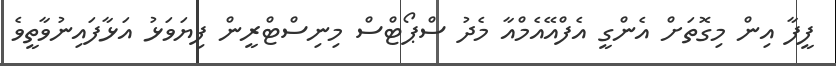
ފީފާ އިން މިގޮތަށް އެންގީ އެފްއޭއެމްއާ މެދު ސްޕޯޓްސް މިނިސްޓްރީން ފިޔަވަޅު އަޅާފައިނުވާތީވެ